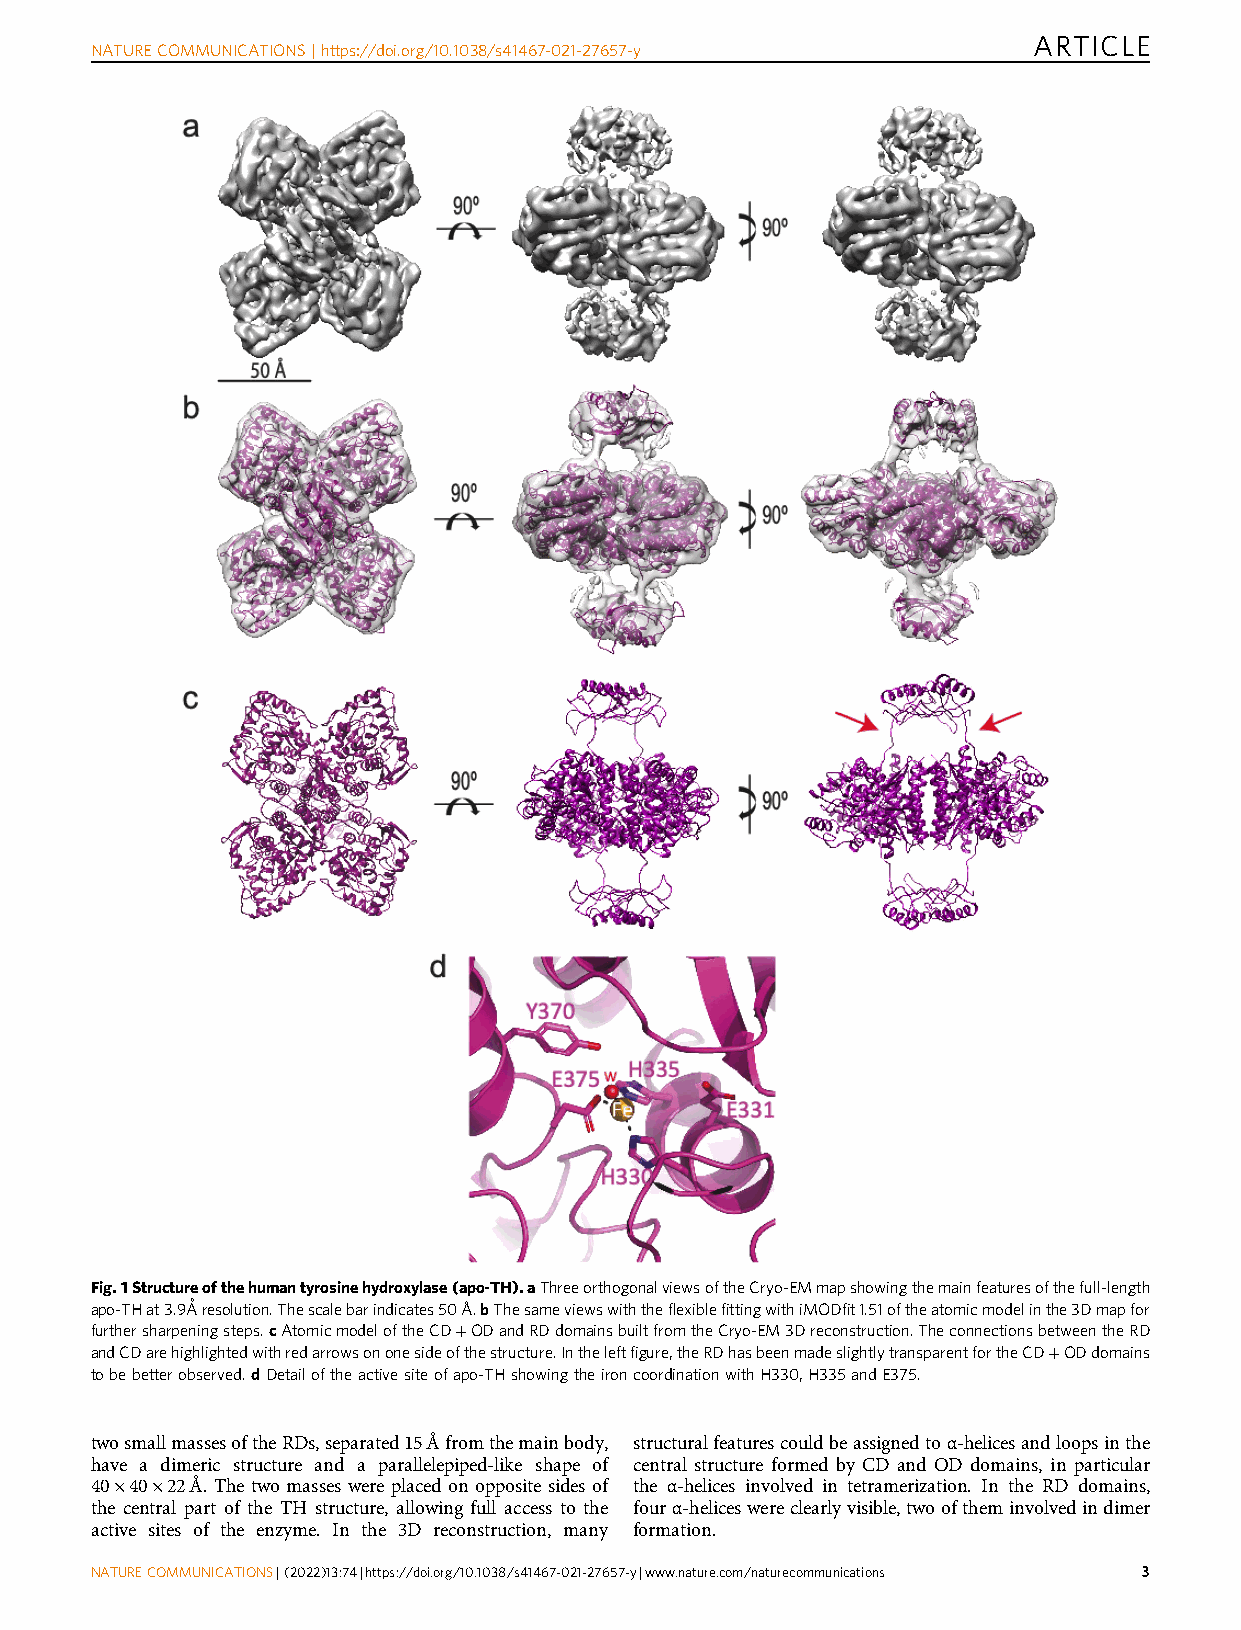
ARTICLE
 NATURECOMMUNICATIONS|https://doi.org/10.1038/s41467-021-27657-y
 Fig.1Structureofthehumantyrosinehydroxylase(apo-TH).aThreeorthogonalviewsoftheCryo-EMmapshowingthemainfeaturesofthefull-length
 apo-THat3.9Å resolution.Thescalebarindicates50Å.bThesameviewswiththeflexiblefittingwithiMODfit1.51oftheatomicmodelinthe3Dmapfor
 furthersharpeningsteps.cAtomicmodeloftheCD+ODandRDdomainsbuiltfromtheCryo-EM3Dreconstruction.TheconnectionsbetweentheRD
 andCDarehighlightedwithredarrowsononesideofthestructure.Intheleftfigure,theRDhasbeenmadeslightlytransparentfortheCD+ODdomains
 tobebetterobserved.dDetailoftheactivesiteofapo-THshowingtheironcoordinationwithH330,H335andE375.
 twosmallmassesoftheRDs,separated15Åfromthemainbody, structuralfeaturescouldbeassignedtoα-helicesandloopsinthe
 have a dimeric structure and a parallelepiped-like shape of central structure formed by CD and OD domains, in particular
 40×40×22Å. The two masses were placed on opposite sides of the α-helices involved in tetramerization. In the RD domains,
 the central part of the TH structure, allowing full access to the fourα-heliceswereclearlyvisible,twooftheminvolvedindimer
 active sites of the enzyme. In the 3D reconstruction, many formation.
 NATURECOMMUNICATIONS| (2022) 13:74 |https://doi.org/10.1038/s41467-021-27657-y|www.nature.com/naturecommunications 3